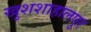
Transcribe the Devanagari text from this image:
खुशशाहालपुर